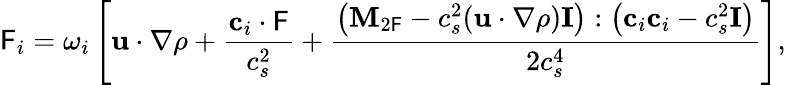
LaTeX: \mathsf{F}_{i}=\omega_{i}\left[\mathbf{{u}}\cdot\nabla\rho+\frac{{\mathbf{{c}}_{i}\cdot\mathbf{{\mathsf{F}}}}}{{c_{s}^{2}}}+\frac{{\left(\mathbf{{M}}_{2\mathsf{F}}-c_{s}^{2}(\mathbf{{u}}\cdot\nabla\rho)\mathbf{{I}}\right):\left(\mathbf{{c}}_{i}\mathbf{{c}}_{i}-c_{s}^{2}\mathbf{{I}}\right)}}{{2c_{s}^{4}}}\right],